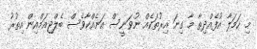
މި ހަމަލާ އުފެއްދިތާ މާ ގިނަ އިރުތަކެއް ނުވަނީސް އަނެއްކާވެސް ބެލްޖިއަމްއިން އިތުރު